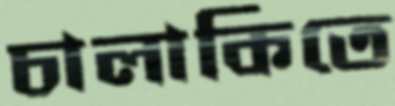
চালাকিতে